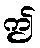
ဤ